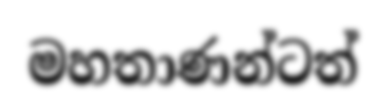
මහතාණන්ටත්